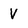
Character: V